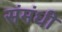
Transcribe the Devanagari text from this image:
संमंधी